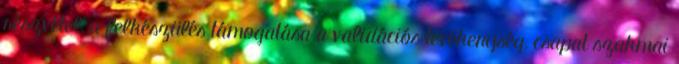
részvétel, a felkészülés támogatása a validációs tevékenység, csapat szakmai